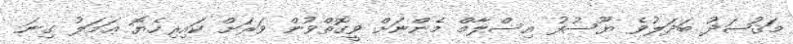
މަޤުޞަދު ބަދަލުވެ ޔޫސުފު އިސްލާމް މެންނަށް ވީގޮތްވުން ވަރަށް ކައިރިހެޔޮ ޢަމަލު ގިނަ